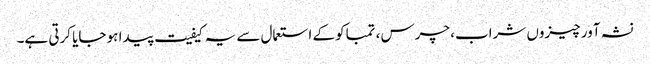
نشہ آور چیزوں شراب، چرس، تمباکو کے استعمال سے یہ کیفیت پیدا ہو جایا کرتی ہے۔